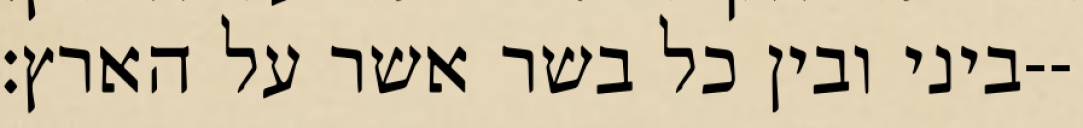
ביני ובין כל בשר אשר על הארץ׃--